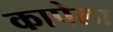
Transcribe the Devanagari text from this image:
कापेला